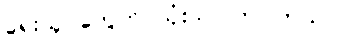
ရေးသူ တွေက သုံးသပ်ကြပါတယ်။